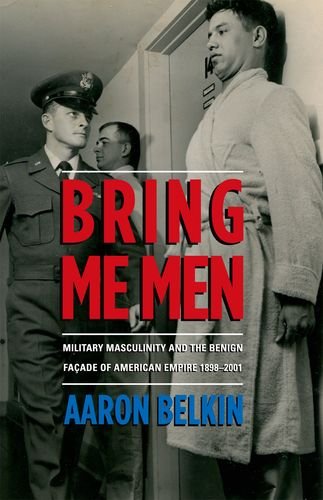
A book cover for Bring Me Men: Military Masculinity and the Benign Facade of American Empire, 1898-2001; Aaron Belkin; Gay & Lesbian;